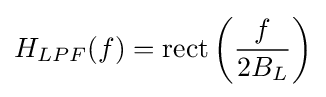
H_{LPF}(f)=\operatorname {rect} \left({\frac {f}{2B_{L}}}\right)